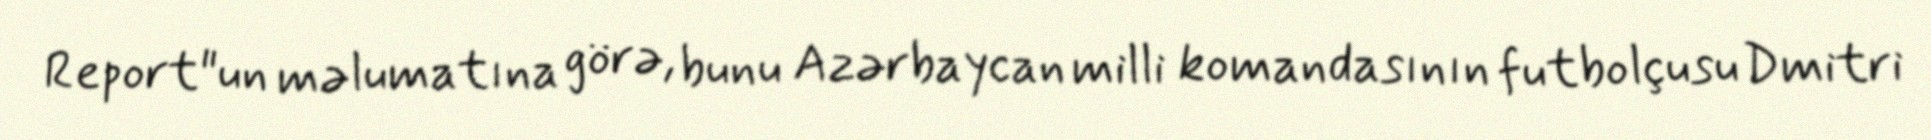
Report"un məlumatına görə, bunu Azərbaycan milli komandasının futbolçusu Dmitri